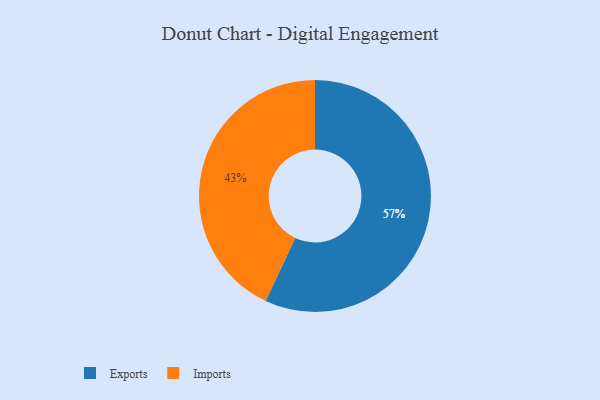
{"axis": {"x": "Category", "y": "Percentage"}, "legend": ["Exports", "Imports"], "data": [{"x": "Exports", "y": 57, "type": "Exports"}, {"x": "Imports", "y": 43, "type": "Imports"}]}